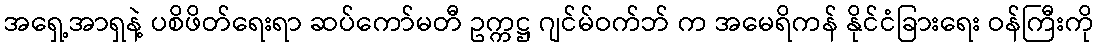
အရှေ့အာရှနဲ့ ပစိဖိတ်ရေးရာ ဆပ်ကော်မတီ ဥက္ကဋ္ဌ ဂျင်မ်ဝက်ဘ် က အမေရိကန် နိုင်ငံခြားရေး ဝန်ကြီးကို